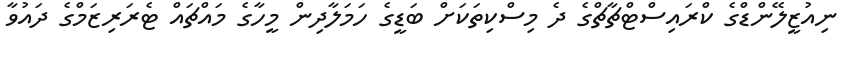
ނިއުޒީލޭންޑްގެ ކްރައިސްޓްޗާޗްގެ ދެ މިސްކިތަކަށް ބަޑީގެ ހަމަލާދިން މީހާގެ މައްޗައް ޓެރަރިޒަމްގެ ދައުވާ